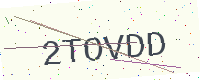
Text: 2TOVDD